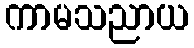
ကာမသညာယ